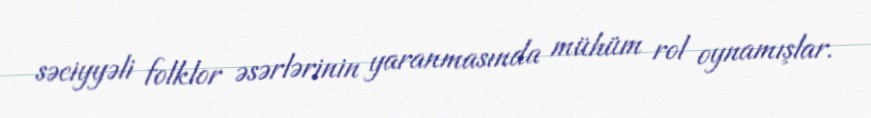
səciyyəli folklor əsərlərinin yaranmasında mühüm rol oynamışlar.